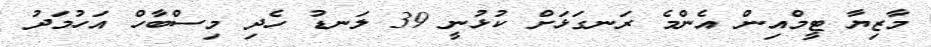
މާޒިޔާ ޓީމްއިން އެންމެ ރަނގަޅަށް ކުޅުނީ 39 ލަނޑު ހެދި މިސްބާހް އަހުމަދު